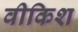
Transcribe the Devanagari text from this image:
वीकिश